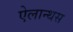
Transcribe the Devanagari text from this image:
ऐलान्थस